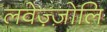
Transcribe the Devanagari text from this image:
लवेज़्ज़ोलि